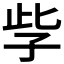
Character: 𡥎